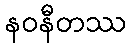
နဝနီတဿ